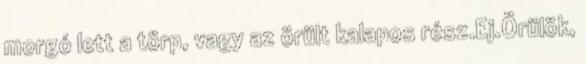
morgó lett a törp, vagy az örült kalapos rész.Ej.Örülök,